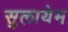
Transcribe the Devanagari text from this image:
सुलायेम